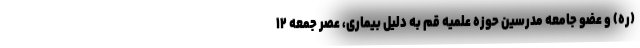
(ره) و عضو جامعه مدرسین حوزه علمیه قم به دلیل بیماری، عصر جمعه ۱۲